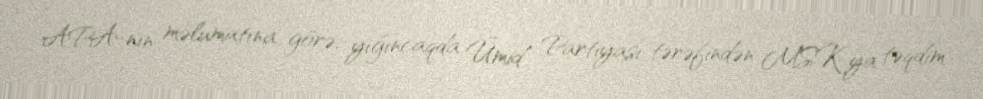
APA-nın məlumatına görə, yığıncaqda Ümid Partiyası tərəfindən MSK-ya təqdim